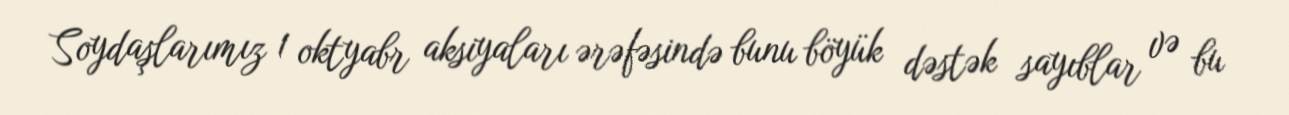
Soydaşlarımız 1 oktyabr aksiyaları ərəfəsində bunu böyük dəstək sayıblar və bu